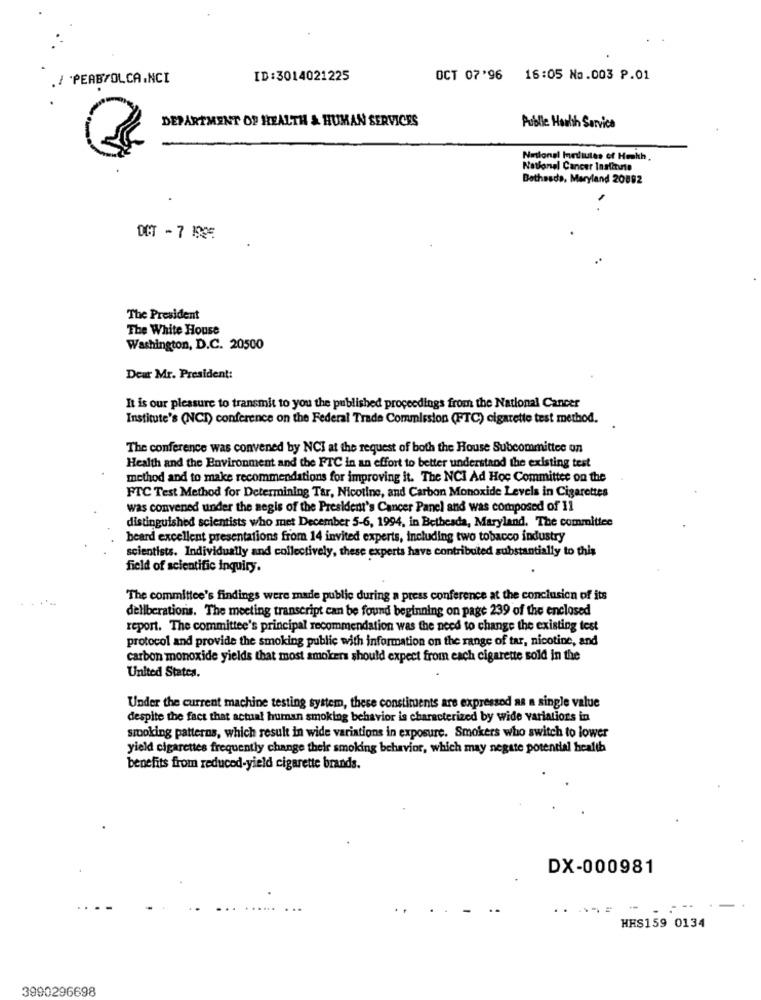
. I 'PEABSOLCA.NCI
ID:3014021225
OCT 07'96 16:05 No.003 P.01
DEPARTMENT OF HEALTH & HUMAN SERVICES
Public Health Service
Nelonel Inerliutes of Howhh.
National Cancer Institute
Bethesda, Maryland 20892
DCT - 7 1905
The President
The White House
Washington, D.C. 20500
Dear Mr. President:
It is our pleasure to transmit to you the published proceedings from the National Cancer
Institute's (NCI) conference on the Federal Trade Commission (FTC) cigarette test method.
The conference was convened by NCI at the request of both the House Subcommittee on
Health and the Environment and the FTC in an effort to better understand the existing test
method and to make recommendations for improving it. The NCI Ad Hoc Committee on the
FTC Test Method for Determining Tar, Nicotine, and Carbon Monoxide Levels in Cigarettes
was convened under the aegis of the President's Cancer Panel and was composed of 11
distinguished scientists who met December 5-6, 1994, in Bethesda, Maryland. The committee
beard excellent presentations from 14 invited experts, including two tobacco industry
scientists. Individually and collectively, these experts have contributed substantially to this
field of scientific inquiry.
The committee's findings were made public during a press conference at the conclusion of its
deliberations. The meeting transcript can be found beginning on page 239 of the enclosed
report. The committee's principal recommendation was the need to change the existing test
protocol and provide the smoking public with information on the range of tar, nicotine, and
carbon monoxide yields that most smokers should expect from each cigarette sold in the
United States.
Under the current machine testing system, these constituents are expressed as a single value
despite the fact that actual human smoking behavior is characterized by wide variations in
smoking patterns, which result in wide variations in exposure. Smokers who switch to lower
yield cigarettes frequently change their smoking behavior, which may negate potential health
benefits from reduced-yield cigarette brands.
DX-000981
HES159 0134
3990296698